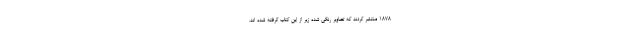
1878 منتشر کردند که تصاویر رنگی شده زیر از این کتاب گرفته شده اند.